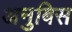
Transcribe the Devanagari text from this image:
अनुबिस